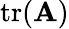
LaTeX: \operatorname{tr}(\mathbf{A})